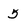
Character: 5